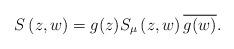
LaTeX: \begin{align*} S\left(z, w \right) = g_{}(z) S_{\mu}\left( z, w \right) \overline{g_{}(w)}.\end{align*}